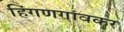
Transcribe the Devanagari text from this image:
हिंगणगांवकर